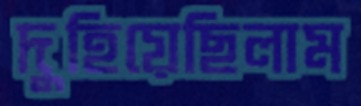
দুহিয়েছিলাম